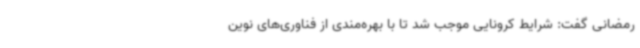
رمضانی گفت: شرایط کرونایی موجب شد تا با بهره‌مندی از فناوری‌های نوین